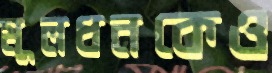
মূলধনকেও